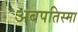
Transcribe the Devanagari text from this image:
अबपतिस्मा